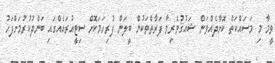
ވީމާ މި މަސައްކަތް ކޮށްދެއްވަން ޝައުޤުވެރިވާ ފަރާތްތަކުން ބީލަން ފުރިހަމަކޮށް ސިޓީއުރައެއްގައި ބަންދުކުރުމަށްފަހު